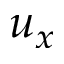
u _ { x }